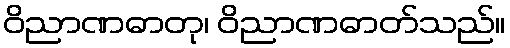
ဝိညာဏဓာတု၊ ဝိညာဏဓာတ်သည်။